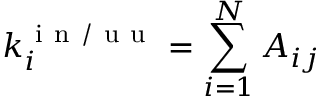
k _ { i } ^ { \mathrm { ~ i ~ n ~ / ~ u ~ u ~ } } = \sum _ { i = 1 } ^ { N } A _ { i j }